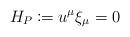
LaTeX: \begin{align*} H_P\coloneqq u^\mu\xi_\mu=0\end{align*}